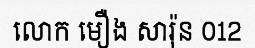
លោក មឿង សារ៉ុន 012